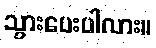
သွားပေးပါလား။